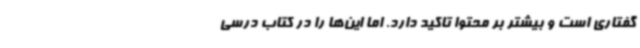
گفتاری است و بیشتر بر محتوا تاکید دارد. اما این‌ها را در کتاب درسی